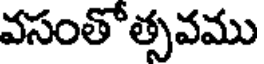
వసంతోత్సవము